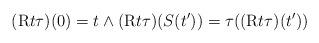
LaTeX: \begin{align*}(\mathrm{R}t \tau)(0) = t \wedge (\mathrm{R}t \tau)(S(t')) = \tau((\mathrm{R}t \tau)(t')) \end{align*}